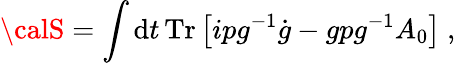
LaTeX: {\calS}=\int\mathrm{d}t\, \mathrm{{Tr}}\left[ipg^{-1}\dot{{g}}-gpg^{-1}A_{0}\right]~,